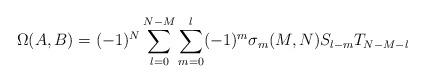
LaTeX: \begin{align*}\Omega(A,B)=(-1)^{N}\sum\limits^{N-M}_{l=0}\sum\limits^{l}_{m=0}(-1)^{m}\sigma_{m}(M,N)S_{l-m}T_{N-M-l}\end{align*}